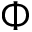
\Phi